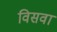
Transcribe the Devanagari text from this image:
विसवा